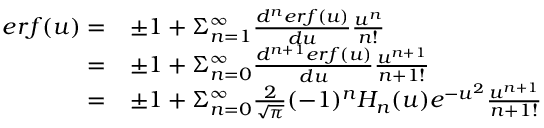
\begin{array} { r l } { e r f ( u ) = } & { \pm 1 + \Sigma _ { n = 1 } ^ { \infty } \frac { d ^ { n } e r f ( u ) } { d u } \frac { u ^ { n } } { n ! } } \\ { = } & { \pm 1 + \Sigma _ { n = 0 } ^ { \infty } \frac { d ^ { n + 1 } e r f ( u ) } { d u } \frac { u ^ { n + 1 } } { { n + 1 } ! } } \\ { = } & { \pm 1 + \Sigma _ { n = 0 } ^ { \infty } \frac { 2 } { \sqrt { \pi } } ( - 1 ) ^ { n } H _ { n } ( u ) e ^ { - u ^ { 2 } } \frac { u ^ { n + 1 } } { { n + 1 } ! } } \end{array}